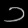
Digit: ၁